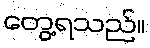
တွေ့ရသည်။